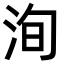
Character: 洵